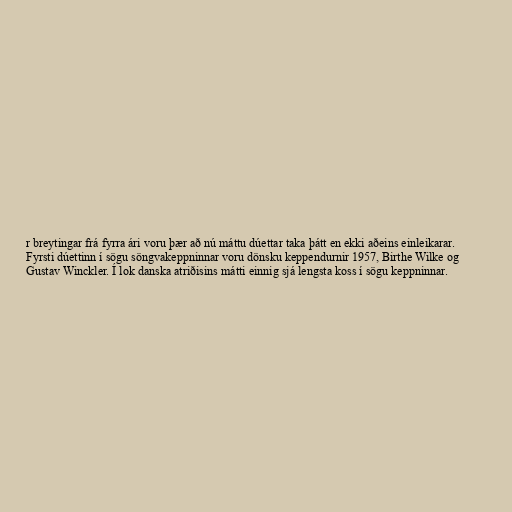
r breytingar frá fyrra ári voru þær að nú máttu dúettar taka þátt en ekki aðeins einleikarar.
Fyrsti dúettinn í sögu söngvakeppninnar voru dönsku keppendurnir 1957, Birthe Wilke og
Gustav Winckler. Í lok danska atriðisins mátti einnig sjá lengsta koss í sögu keppninnar.